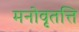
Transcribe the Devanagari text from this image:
मनोवृतत्ति